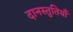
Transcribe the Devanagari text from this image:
दानस्तुतियाँ